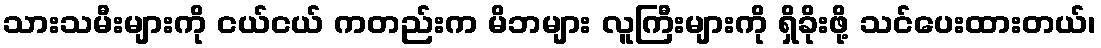
သားသမီးများကို ငယ်ငယ် ကတည်းက မိဘများ လူကြီးများကို ရှိခိုးဖို့ သင်ပေးထားတယ်၊